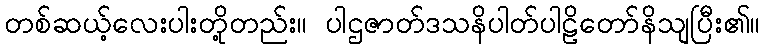
တစ်ဆယ့်လေးပါးတို့တည်း။ ပါဌဇာတ်ဒသနိပါတ်ပါဠိတော်နိသျပြီး၏။